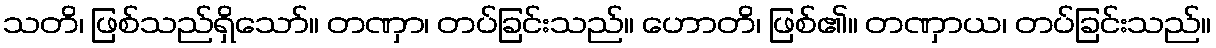
သတိ၊ ဖြစ်သည်ရှိသော်။ တဏှာ၊ တပ်ခြင်းသည်။ ဟောတိ၊ ဖြစ်၏။ တဏှာယ၊ တပ်ခြင်းသည်။